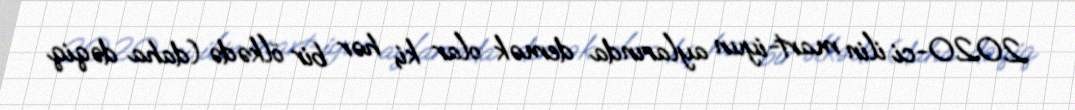
2020-ci ilin mart-iyun aylarında demək olar ki, hər bir ölkədə (daha dəqiq